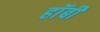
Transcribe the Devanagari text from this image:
हाॅबी